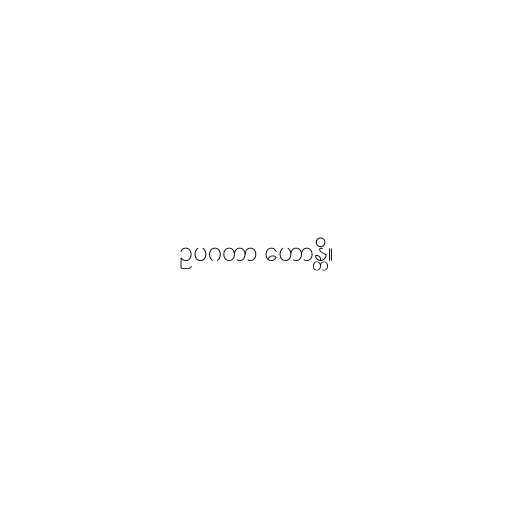
ဥပဂတာ ဟောန္တိ။